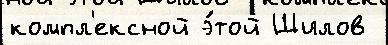
компл'ексной э́той Шилов